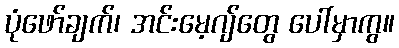
ပုံဖော်ချက်၊ အင်းမေ့ဂျ်တွေ ပေါ်မှာကွ။